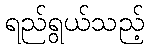
ရည်ရွယ်သည့်